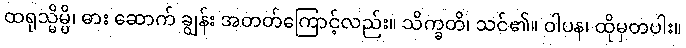
ထရုသ္မိမ္ပိ၊ ဓား ဆောက် ချွန်း အတတ်ကြောင့်လည်း။ သိက္ခတိ၊ သင်၏။ ဝါပန၊ ထိုမှတပါး။